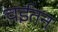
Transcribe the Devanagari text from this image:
चईतन